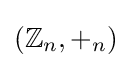
(\mathbb {Z} _{n},+_{n})